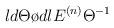
LaTeX: \begin{align*}\l {d \Theta \o d \l} E^{(n)} {\Theta}^{-1}\end{align*}